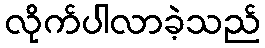
လိုက်ပါလာခဲ့သည်